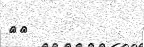
٢٦